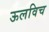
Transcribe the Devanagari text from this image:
ऊलविच